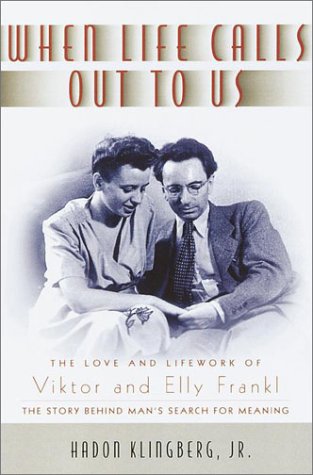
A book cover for When Life Calls Out to Us: The Love and Lifework of Viktor and Elly Frankl; Haddon Klingberg Jr.; Biographies & Memoirs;